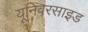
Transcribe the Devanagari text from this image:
यूनिवरसाइड